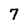
Character: 7